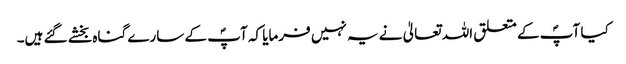
کیا آپؐ کے متعلق اللہ تعالیٰ نے یہ نہیں فرمایا کہ آپؐ کے سارے گناہ بخشے گئے ہیں۔